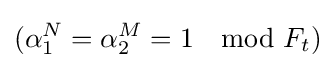
(\alpha _{1}^{N}=\alpha _{2}^{M}=1\mod F_{t})